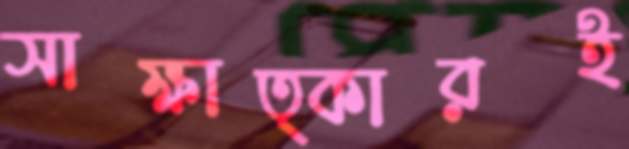
সাক্ষাত্কারই